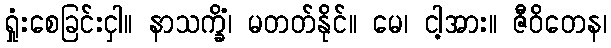
ရှုံးစေခြင်းငှါ။ နာသက္ခိံ၊ မတတ်နိုင်။ မေ၊ ငါ့အား။ ဇီဝိတေန၊